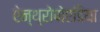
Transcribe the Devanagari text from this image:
ऐन्थ्रोपोएडिया